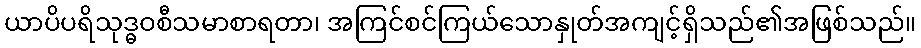
ယာပိပရိသုဒ္ဓဝစီသမာစာရတာ၊ အကြင်စင်ကြယ်သောနှုတ်အကျင့်ရှိသည်၏အဖြစ်သည်။